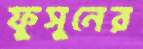
ফুসুনের